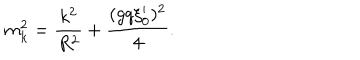
LaTeX: m _ { k } ^ { 2 } = { \frac { k ^ { 2 } } { R ^ { 2 } } } + { \frac { ( g q \xi _ { 0 } ^ { \prime } ) ^ { 2 } } { 4 } } .